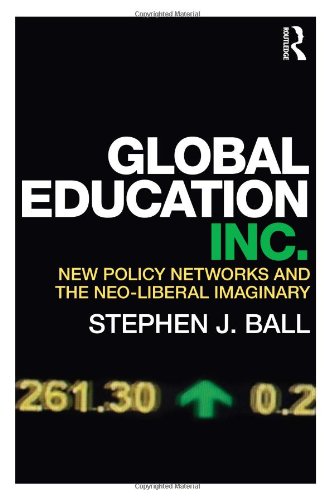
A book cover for Global Education Inc.: New Policy Networks and the Neoliberal Imaginary; Stephen J. Ball; Education & Teaching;